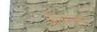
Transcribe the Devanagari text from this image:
आकाशर